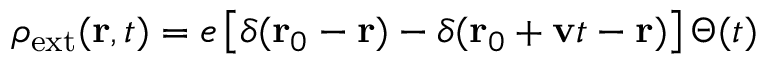
\rho _ { \mathrm { e x t } } ( \mathbf { r } , t ) = e \, \big [ \delta ( \mathbf { r } _ { 0 } - \mathbf { r } ) - \delta ( \mathbf { r } _ { 0 } + \mathbf { v } t - \mathbf { r } ) \big ] \, \Theta ( t )